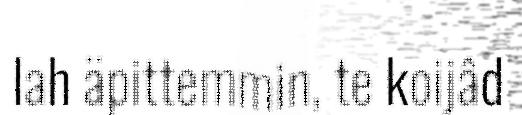
lah äpittemmin, te koijâd